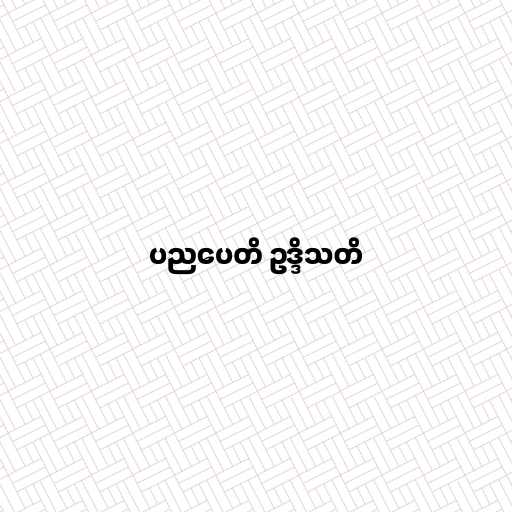
ပညပေတိ ဥဒ္ဒိသတိ